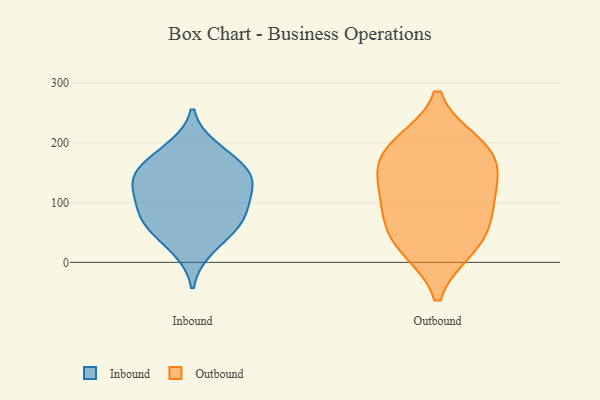
{"axis": {"x": "Energy Usage (MWh)", "y": "Value"}, "legend": ["Inbound", "Outbound"], "data": [{"x": "", "y": 56, "type": "Inbound"}, {"x": "", "y": 64, "type": "Inbound"}, {"x": "", "y": 141, "type": "Inbound"}, {"x": "", "y": 190, "type": "Inbound"}, {"x": "", "y": 91, "type": "Inbound"}, {"x": "", "y": 136, "type": "Inbound"}, {"x": "", "y": 136, "type": "Inbound"}, {"x": "", "y": 76, "type": "Inbound"}, {"x": "", "y": 23, "type": "Inbound"}, {"x": "", "y": 175, "type": "Inbound"}, {"x": "", "y": 149, "type": "Inbound"}, {"x": "", "y": 104, "type": "Inbound"}, {"x": "", "y": 26, "type": "Outbound"}, {"x": "", "y": 63, "type": "Outbound"}, {"x": "", "y": 198, "type": "Outbound"}, {"x": "", "y": 82, "type": "Outbound"}, {"x": "", "y": 24, "type": "Outbound"}, {"x": "", "y": 107, "type": "Outbound"}, {"x": "", "y": 139, "type": "Outbound"}, {"x": "", "y": 189, "type": "Outbound"}, {"x": "", "y": 143, "type": "Outbound"}, {"x": "", "y": 185, "type": "Outbound"}]}